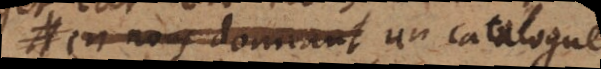
en nous donnant un catalogue